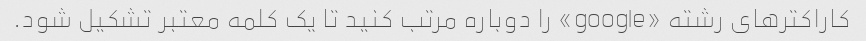
کاراکترهای رشته «google» را دوباره مرتب کنید تا یک کلمه معتبر تشکیل شود.